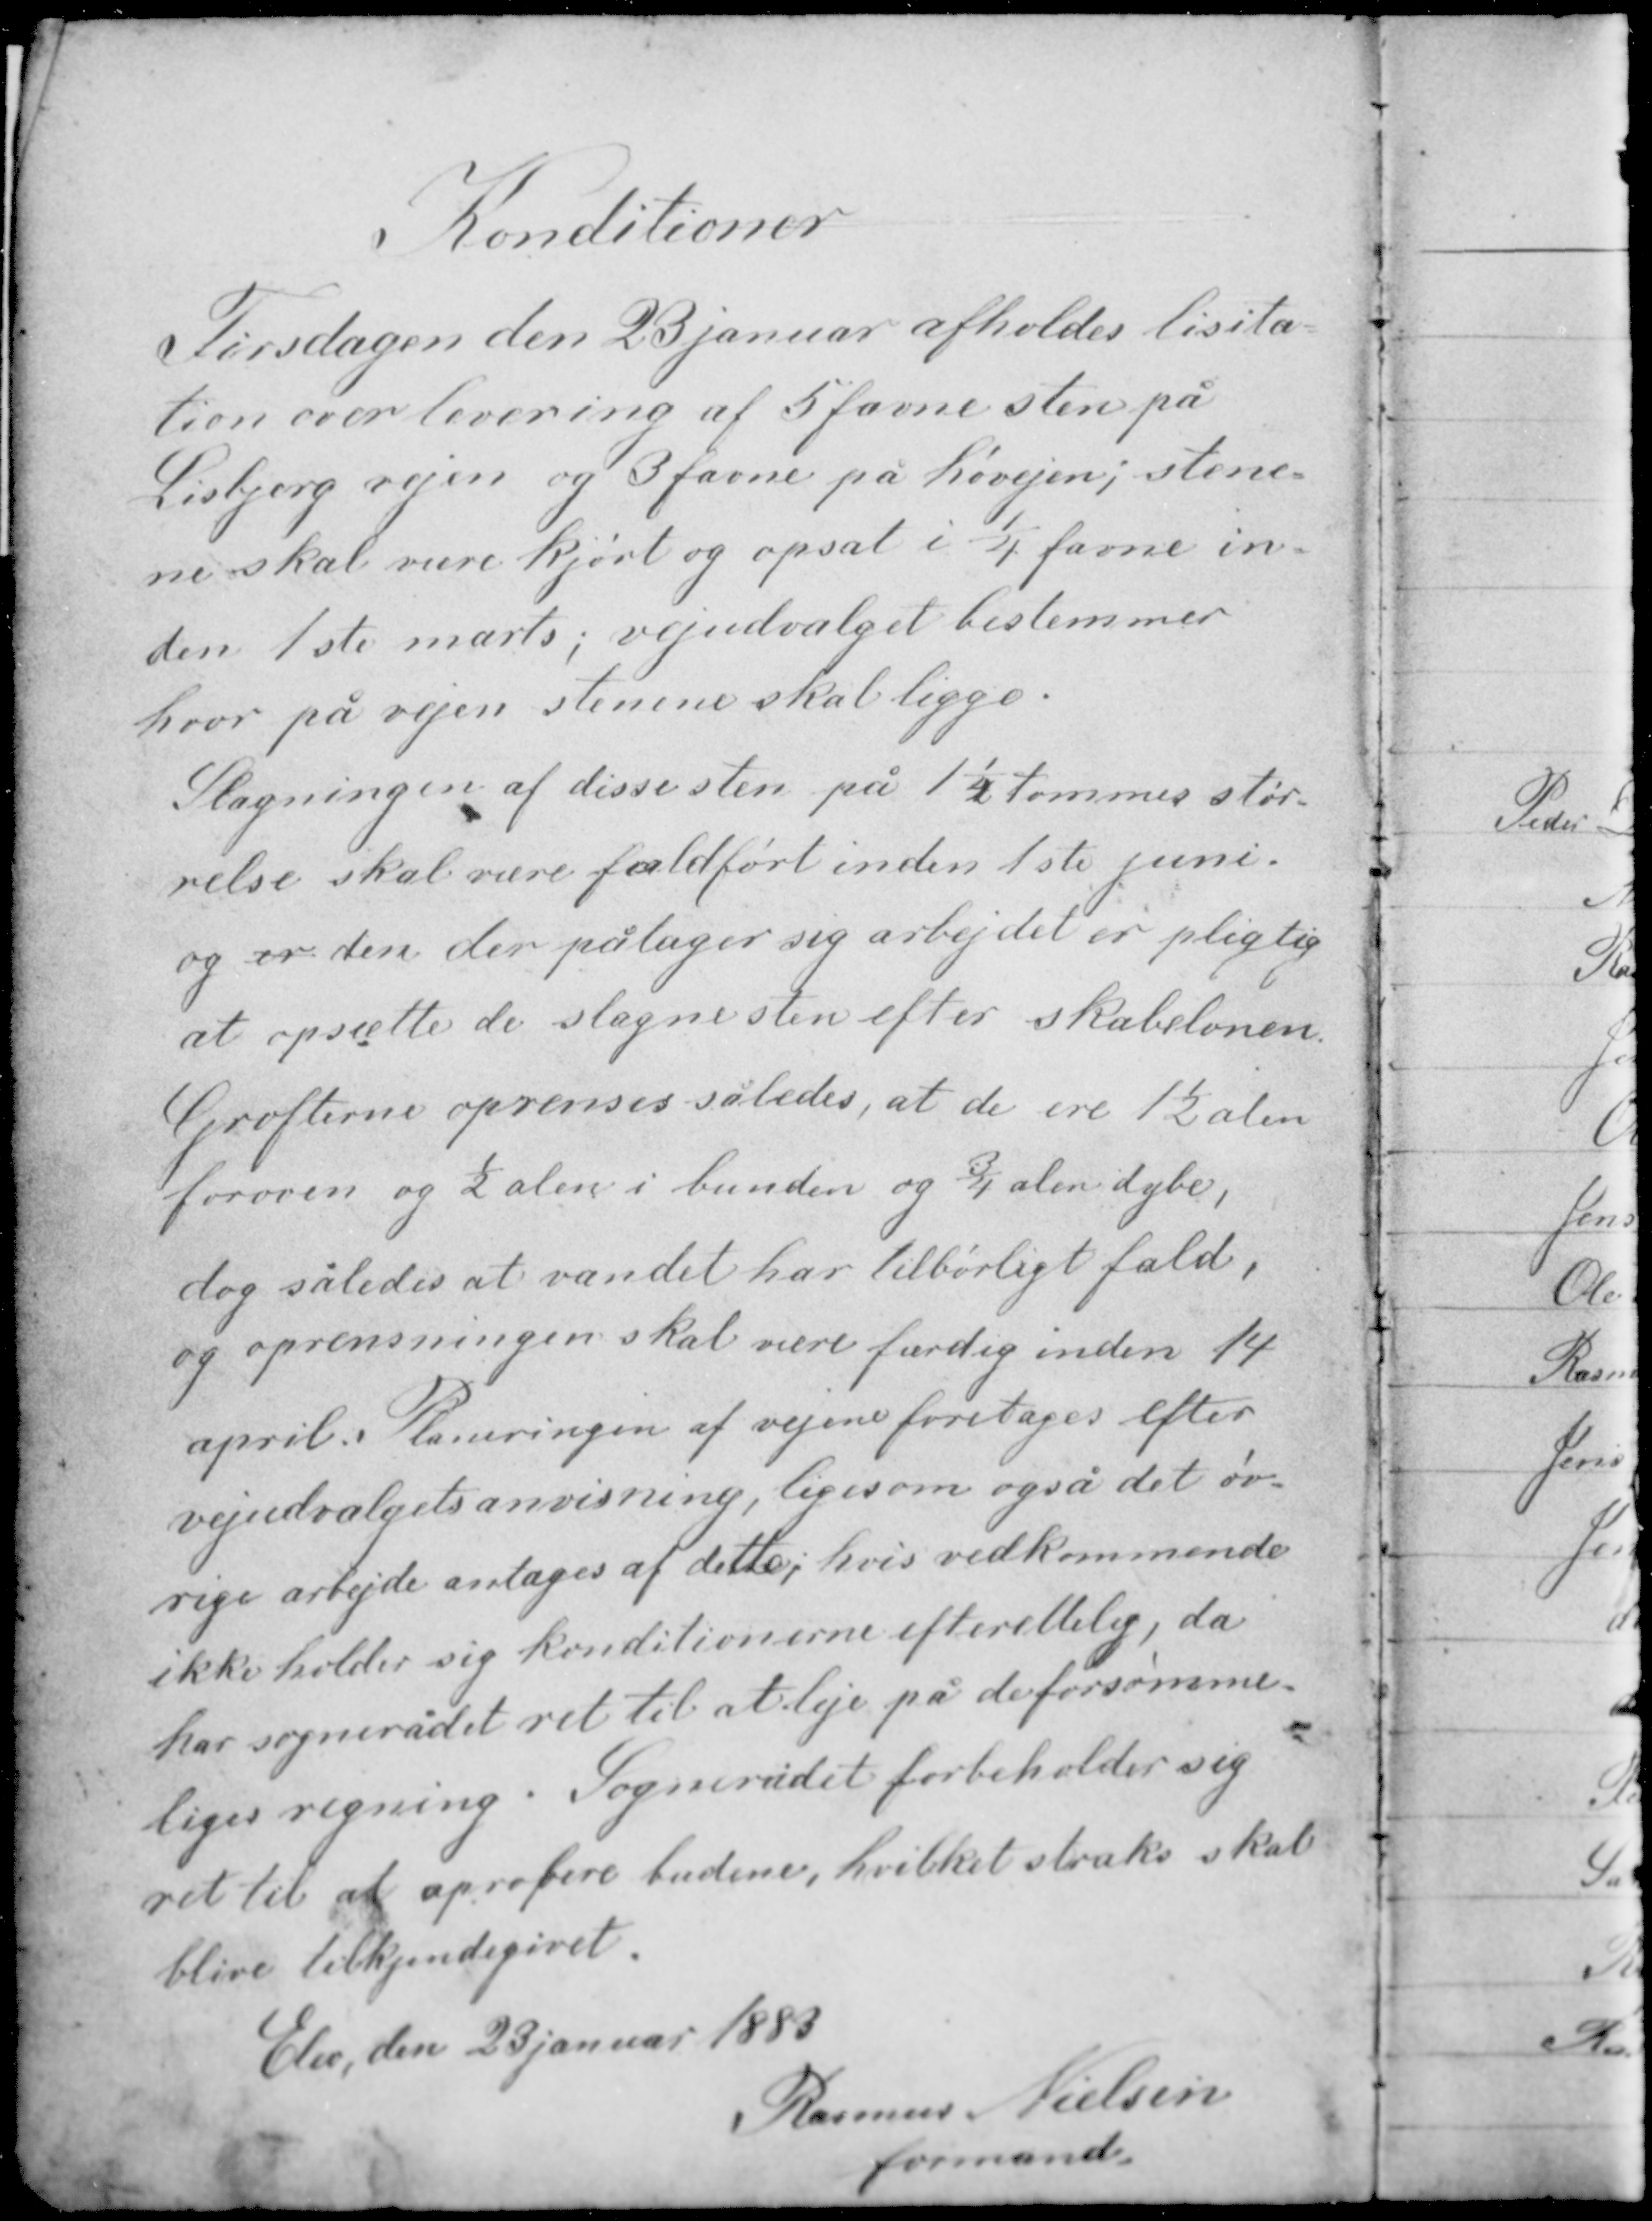
Transskription:
Konditioner

Tirsdagen den 23 januar afholdes lisita-
tion over levering af 5 favne sten på
Lisbjerg vejen og 3 favne på Høvejen; stene-
ne skal være kjørt og opsat i ¼ favne in-
den 1ste marts; vejudvalget bestemmer
hvor på vejen stenene skal ligge.

Slagningen af disse sten på 1¼ tommes stør-
relse skal være fuldført inden 1ste juni -
og er den der påtager sig arbejdet er pligtig
at opsætte de slagne sten efter skabelonen.

Grøfterne oprenses således, at de ere 1½ alen
foroven og ½ alen i bunden og ¾ alen dybe,
dog således at vandet har tilbørligt fald,
og oprensningen skal være færdig inden 14
april. Planeringen af vejene foretages efter
vejudvalgets anvisning, ligesom også det øv-
rige arbejde antages af dette, hvis vedkommende
ikke holder sig konditionerne efterrettelig, da
har sognerådet ret til at leje på de forsømme-
liges regning. Sognerådet forbeholder sig
ret til at aprobere budene, hvilket straks skal
blive tilkjendegivet.

Elev, den 23 januar 1883
Rasmus Nielsen
formand